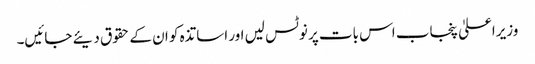
وزیراعلیٰ پنجاب اس بات پر نوٹس لیں اور اساتذہ کو ان کے حقوق دیئے جائیں۔